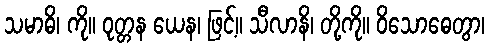
သမာဓိ၊ ကို။ ဝုတ္တန ယေန၊ ဖြင့်။ သီလာနိ၊ တို့ကို။ ဝိသောဓေတွာ၊